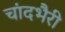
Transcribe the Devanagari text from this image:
चांदभैरी